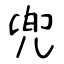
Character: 兜